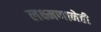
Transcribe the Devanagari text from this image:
लक्ष्मणानेही